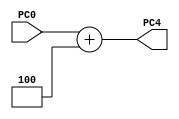
`timescale 1ns / 1ps
//////////////////////////////////////////////////////////////////////////////////
// Company:
// Engineer:
//
// Design Name:
// Module Name:    PCIncrementer
// Project Name:
// Target Devices:
// Tool versions:
// Description:
//
// Dependencies:
//
// Revision:
// Revision 0.01 - File Created
// Additional Comments:
//
//////////////////////////////////////////////////////////////////////////////////
module PCIncrementer(
    input [31:0] PC0,
    output reg [31:0] PC4
    );

    always @(PC0) begin
	     PC4 = PC0 + 4;
	 end
endmodule